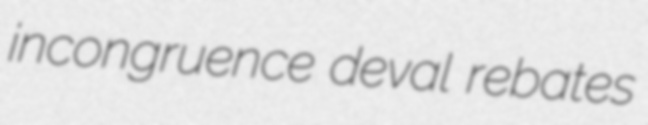
incongruence deval rebates